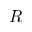
R